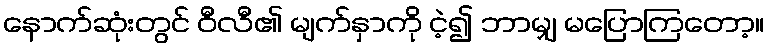
နောက်ဆုံးတွင် ဝီလီ၏ မျက်နှာကို ငဲ့၍ ဘာမျှ မပြောကြတော့။